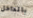
بالداخل